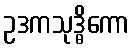
ဥဒကသုဒ္ဓိကော